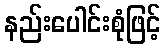
နည်းပေါင်းစုံဖြင့်